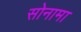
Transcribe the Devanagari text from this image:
सोनामा